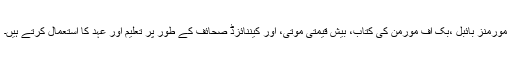
مورمنز بائبل ،بُک آف مورمن کی کتاب، بیش قیمتی موتی، اور کیننائزڈ صحائف کے طور پر تعلیم اور عہد کا استعمال کرتے ہیں۔